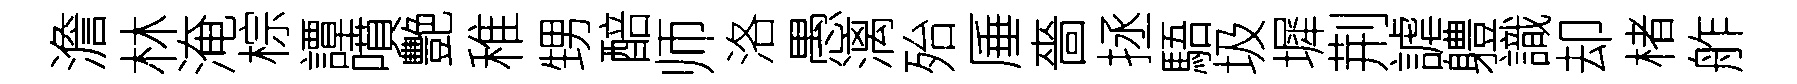
澹林淹棕譚噴艷稚甥醅师洛愚漓殆厜嗇拯䮏圾墀荆謔軆識却楮舴